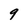
Character: 9